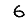
Digit: 6